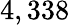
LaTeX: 4,338